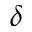
\delta